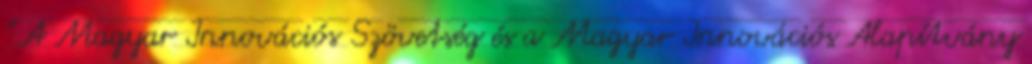
".A Magyar Innovációs Szövetség és a Magyar Innovációs Alapítvány